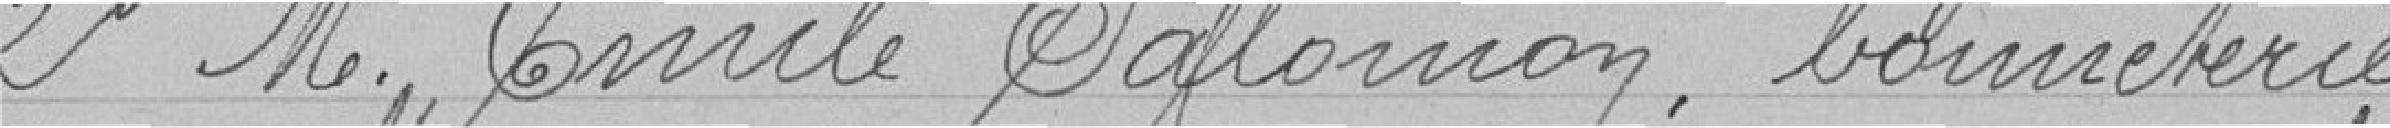
2° M. Emile Salomon, bonneterie